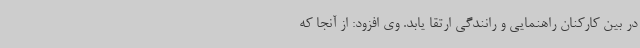
در بین کارکنان راهنمایی و رانندگی ارتقا یابد. وی افزود: از آنجا که